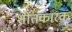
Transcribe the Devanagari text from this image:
शीतकारक